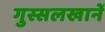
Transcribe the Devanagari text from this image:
गुस्सलखानें